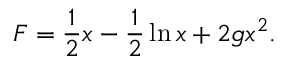
F = \frac { 1 } { 2 } x - \frac { 1 } { 2 } \ln x + 2 g x ^ { 2 } .